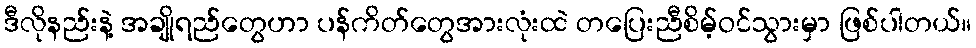
ဒီလိုနည်းနဲ့ အချိုရည်တွေဟာ ပန်ကိတ်တွေအားလုံးထဲ တပြေးညီစိမ့်ဝင်သွားမှာ ဖြစ်ပါတယ်။